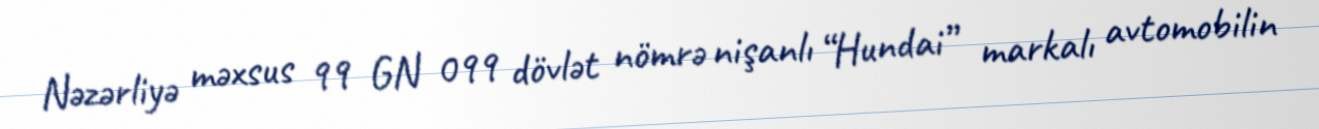
Nəzərliyə məxsus 99 GN 099 dövlət nömrə nişanlı “Hundai” markalı avtomobilin